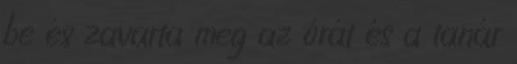
be és zavarta meg az órát és a tanár